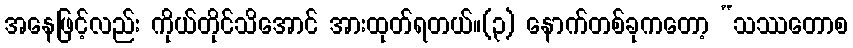
အနေဖြင့်လည်း ကိုယ်တိုင်သိအောင် အားထုတ်ရတယ်။(၃) နောက်တစ်ခုကတော့ “သဿတောစ